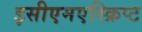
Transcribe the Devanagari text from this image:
इसीएमएस्क्रिप्ट